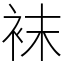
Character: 袜